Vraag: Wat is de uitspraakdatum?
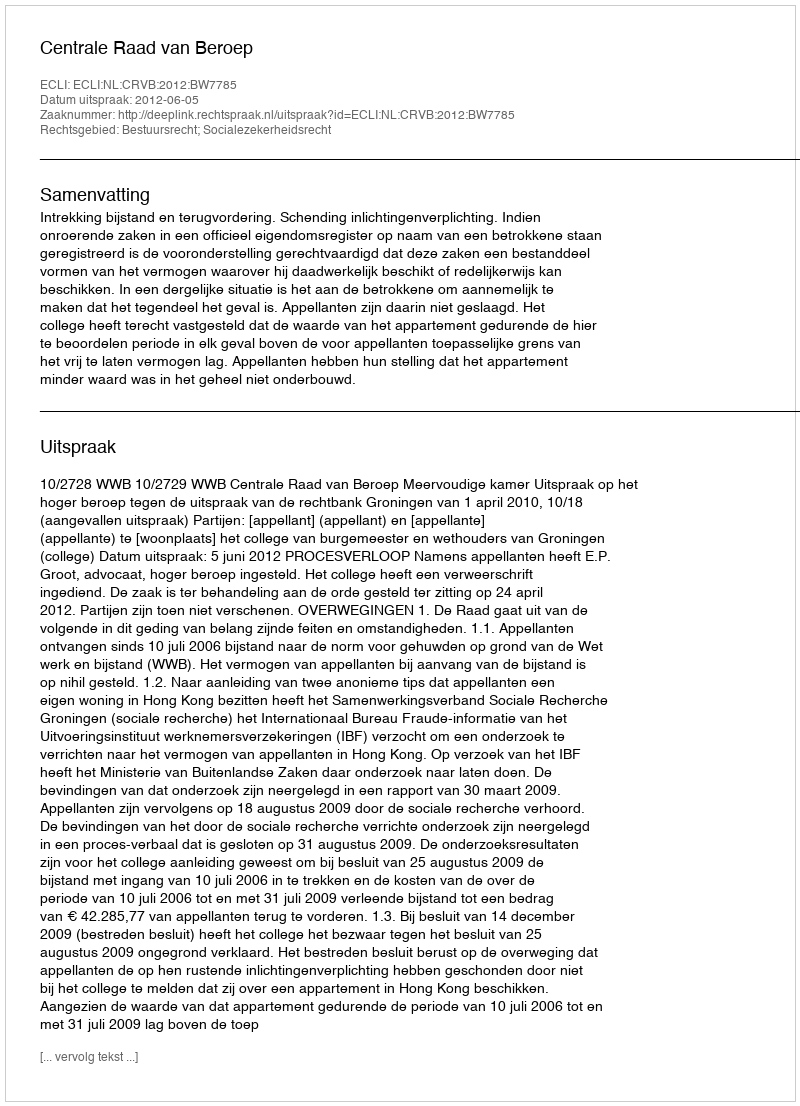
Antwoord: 2012-06-05